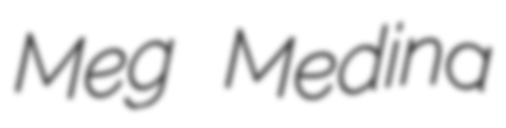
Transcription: Meg Medina